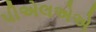
પીએલએએ